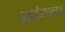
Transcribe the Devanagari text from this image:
आहेराला